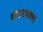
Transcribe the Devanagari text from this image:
शंकरभक्त